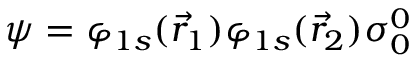
{ \boldsymbol { \psi } } = \varphi _ { 1 s } ( { \vec { r } } _ { 1 } ) \varphi _ { 1 s } ( { \vec { r } } _ { 2 } ) { \boldsymbol { \sigma } } _ { 0 } ^ { 0 }